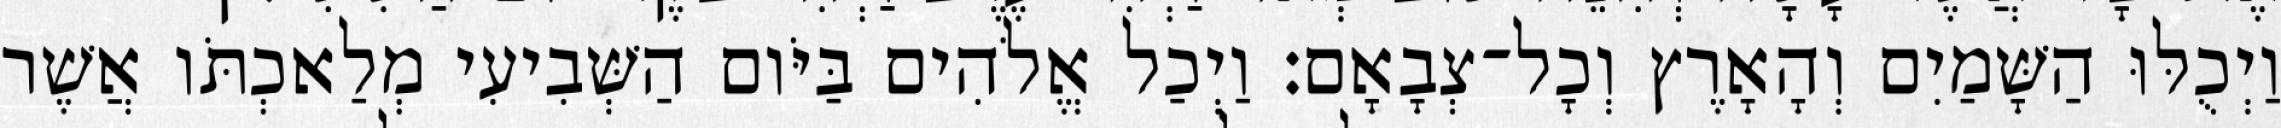
וַיְכֻלּוּ הַשָּׁמַיִם וְהָאָרֶץ וְכָל־צְבָאָם׃ וַיְכַל אֱלֹהִים בַּיֹּום הַשְּׁבִיעִי מְלַאכְתֹּו אֲשֶׁר